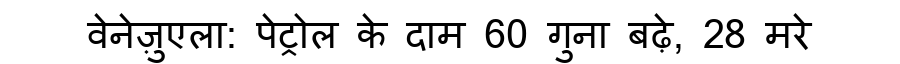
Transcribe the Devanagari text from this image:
वेनेज़ुएला: पेट्रोल के दाम 60 गुना बढ़े, 28 मरे